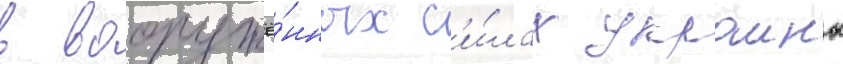
в вооружё́нных с'и́лах украины